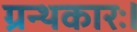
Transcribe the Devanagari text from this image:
ग्रन्थकारः।